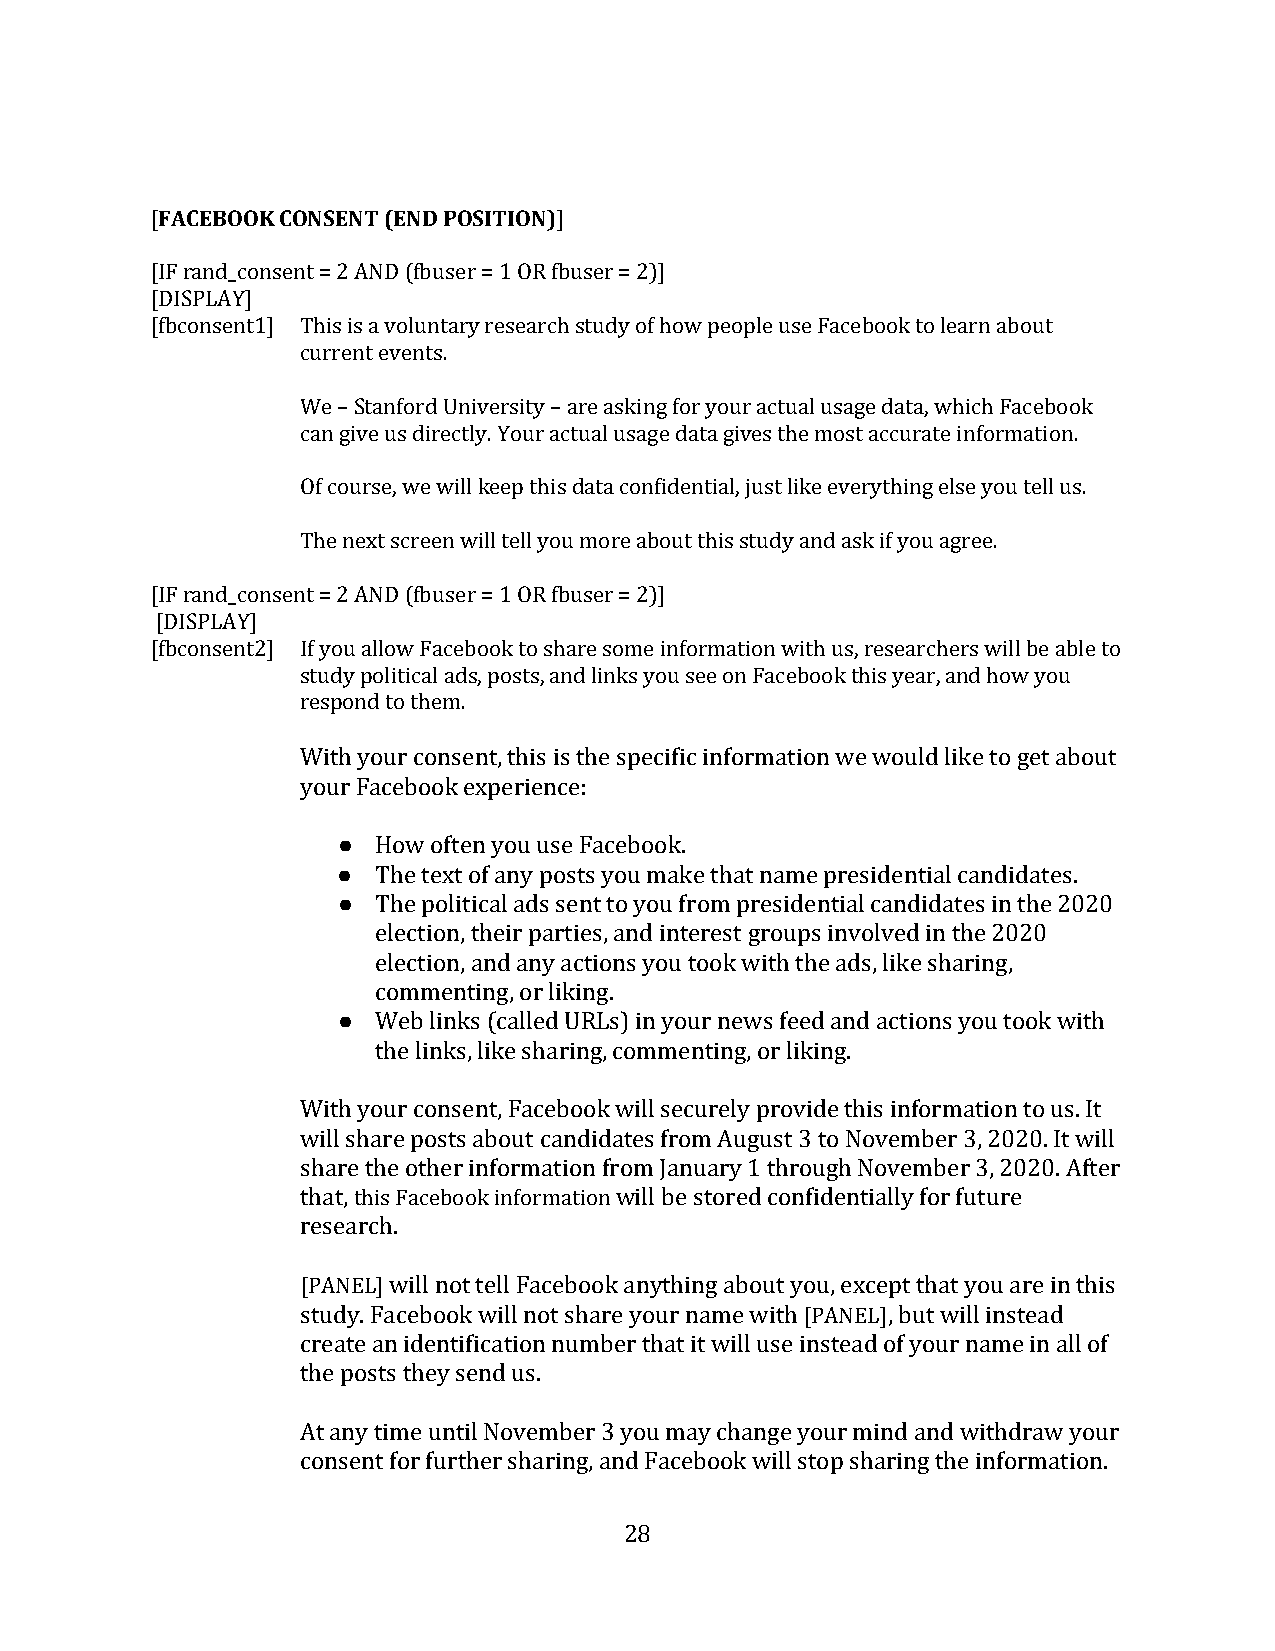
FACEBOOK CONSENT (END POSITION)
 [                          ]
 [IF rand_consent = 2 AND (fbuser = 1 OR fbuser = 2)]
 [DISPLAY]
 [fbconsent1] This is a voluntary research study of how people use Facebook to learn about
 current events.
 We – Stanford University – are asking for your actual usage data, which Facebook
 can give us directly. Your actual usage data gives the most accurate information.
 Of course, we will keep this data confidential, just like everything else you tell us.
 The next screen will tell you more about this study and ask if you agree.
 [IF rand_consent = 2 AND (fbuser = 1 OR fbuser = 2)]
 [DISPLAY]
 [fbconsent2] If you allow Facebook to share some information with us, researchers will be able to
 study political ads, posts, and links you see on Facebook this year, and how you
 respond to them.
 With your consent, this is the specific information we would like to get about
 you●r Facebook experience:
 ●
 ●  How often you use Facebook.
 The text of any posts you make that name presidential candidates.
 The political ads sent to you from presidential candidates in the 2020
 election, their parties, and interest groups involved in the 2020
 ●  election, and any actions you took with the ads, like sharing,
 commenting, or liking.
 Web links (called URLs) in your news feed and actions you took with
 the links, like sharing, commenting, or liking.
 With your consent, Facebook will securely provide this information to us. It
 will share posts about candidates from August 3 to November 3, 2020. It will
 share the other information from January 1 through November 3, 2020. After
 that, this Facebook information will be stored confidentially for future
 research.
 [PANEL] will not tell Facebook anything about you, except that you are in this
 study. Facebook will not share your name with [PANEL], but will instead
 create an identification number that it will use instead of your name in all of
 the posts they send us.
 At any time until November 3 you may change your mind and withdraw your
 consent for further sharing, and Facebook will stop sharing the information.
 28